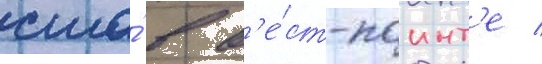
сша́ в в'е́ст-поинт'е /